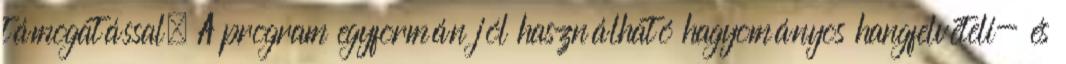
támogatással. A program egyformán jól használható hagyományos hangfelvételi- és